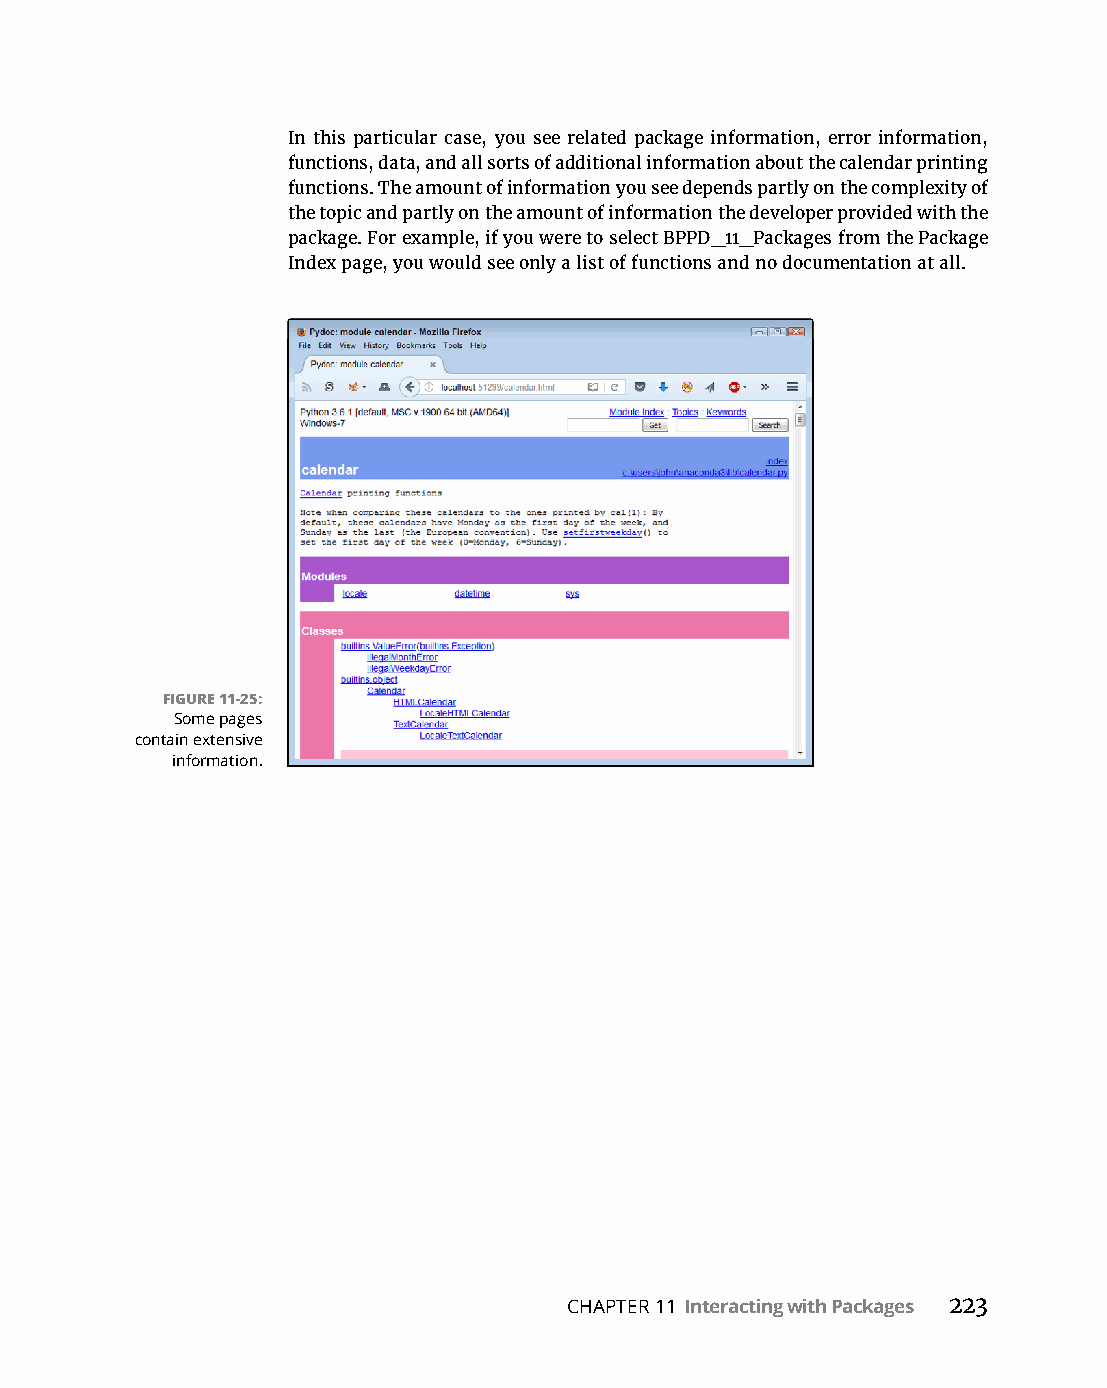
In this particular case, you see related package information, error information,
 functions, data, and all sorts of additional information about the calendar printing
 functions. The amount of information you see depends partly on the complexity of
 the topic and partly on the amount of information the developer provided with the
 package. For example, if you were to select BPPD_11_Packages from the Package
 Index page, you would see only a list of functions and no documentation at all.
 FIGURE 11-25:
 Some pages
 contain extensive
 information.
 CHAPTER 11 Interacting with Packages 223